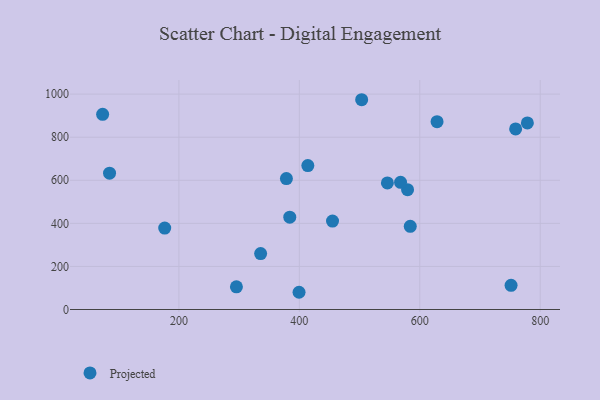
{"axis": {"x": "Study Hours", "y": "Profit"}, "legend": ["Projected"], "data": [{"x": "455.1", "y": 410.8, "type": "Projected"}, {"x": "778.7", "y": 866.3, "type": "Projected"}, {"x": "584.2", "y": 386.2, "type": "Projected"}, {"x": "546.2", "y": 587.7, "type": "Projected"}, {"x": "73.3", "y": 906.4, "type": "Projected"}, {"x": "399.5", "y": 80.0, "type": "Projected"}, {"x": "759.2", "y": 838.4, "type": "Projected"}, {"x": "503.5", "y": 974.0, "type": "Projected"}, {"x": "579.7", "y": 556.3, "type": "Projected"}, {"x": "335.7", "y": 259.6, "type": "Projected"}, {"x": "628.7", "y": 872.1, "type": "Projected"}, {"x": "176.4", "y": 378.3, "type": "Projected"}, {"x": "414.1", "y": 668.3, "type": "Projected"}, {"x": "295.5", "y": 105.1, "type": "Projected"}, {"x": "378.5", "y": 607.9, "type": "Projected"}, {"x": "568.1", "y": 590.6, "type": "Projected"}, {"x": "84.8", "y": 633.0, "type": "Projected"}, {"x": "751.6", "y": 112.4, "type": "Projected"}, {"x": "384.1", "y": 428.7, "type": "Projected"}]}